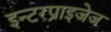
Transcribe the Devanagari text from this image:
इन्टरप्राइजेज